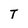
Character: T